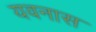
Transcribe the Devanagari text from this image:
यवनास